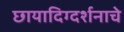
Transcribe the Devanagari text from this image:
छायादिग्दर्शनाचे